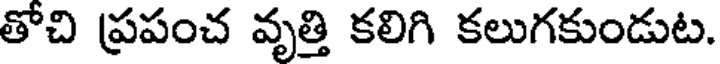
తోచి ప్రపంచ వృత్తి కలిగి కలుగకుండుట.